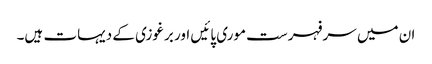
ان میں سرفہرست موری پائیں اور برغوزی کے دیہات ہیں۔